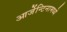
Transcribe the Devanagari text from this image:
आर्जेन्टिनामध्ये